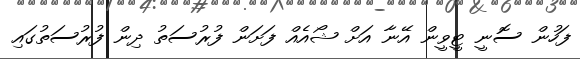
ފަހުން ސޮނީ ޓީވީން އޭނާ އަށް ޝޯއެއް ފަށަން ފުރުސަތު ދިން ފުރުސަތުގައި